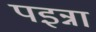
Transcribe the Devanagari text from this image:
पइन्ना